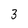
Character: 3